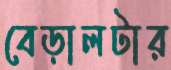
বেড়ালটার